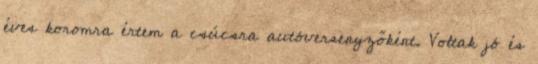
éves koromra értem a csúcsra autóversenyzőként. Voltak jó és